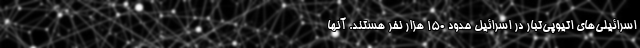
اسرائیلی‌های اتیوپی‌تبار در اسرائیل حدود 150 هزار نفر هستند. آنها